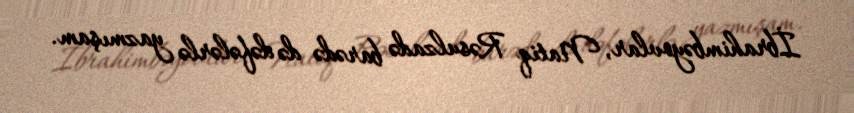
İbrahimbəyovlar, Natiq Rəsulzadə barədə də dəfələrlə yazmışam.